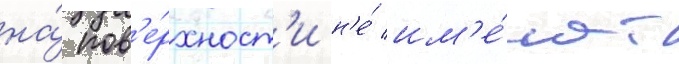
на́ пов'е́рхност'и н'е́ им'е́ют